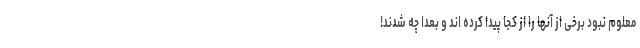
معلوم نبود برخی از آنها را از کجا پیدا کرده اند و بعداً چه شدند!